Civil Veterinary Department Bengal reports 1923-33 - 1923-1933
Year: 1923
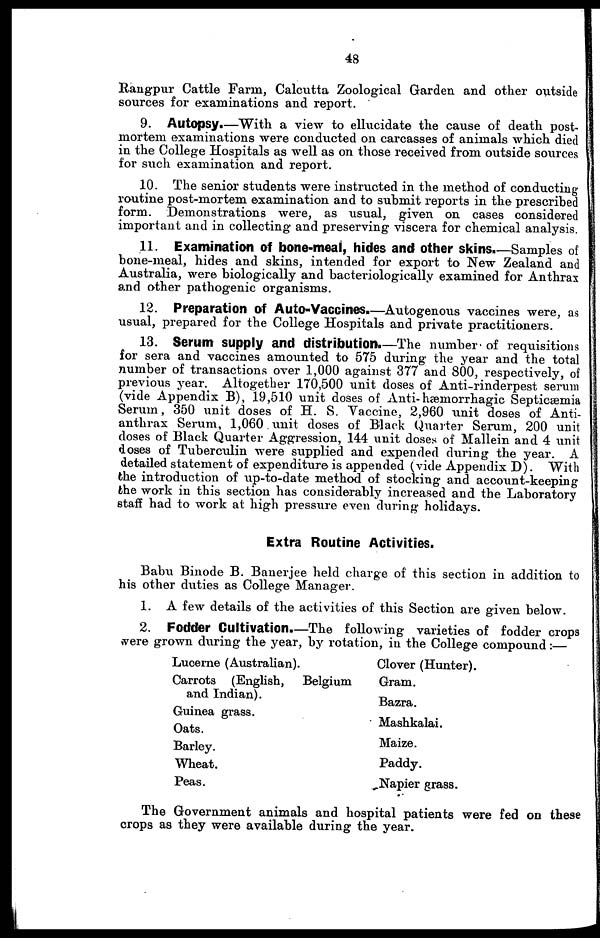
48
Rangpur Cattle Farm, Calcutta Zoological Garden and other outside
sources for examinations and report.
9. Autopsy.—With a view to ellucidate the cause of death post-
mortem examinations were conducted on carcasses of animals which died
in the College Hospitals as well as on those received from outside sources
for such examination and report.
10. The senior students were instructed in the method of conducting
routine post-mortem examination and to submit reports in the prescribed
form. Demonstrations were, as usual, given on cases considered
important and in collecting and preserving viscera for chemical analysis.
11. Examination of bone-meal, hides and other skins.—Samples of
bone-meal, hides and skins, intended for export to New Zealand and
Australia, were biologically and bacteriologically examined for Anthrax
and other pathogenic organisms.
12. Preparation of Auto-Vaccines.—Autogenous vaccines were, as
usual, prepared for the College Hospitals and private practitioners.
13. Serum supply and distribution.—The number of requisitions
for sera and vaccines amounted to 575 during the year and the total
number of transactions over 1,000 against 377 and 800, respectively, of
previous year. Altogether 170,500 unit doses of Anti-rinderpest serum
(vide Appendix B), 19,510 unit doses of Anti-hæmorrhagic Septicæmia
Serum, 350 unit doses of H. S. Vaccine, 2,960 unit doses of Anti-
anthrax Serum, 1,060 unit doses of Black Quarter Serum, 200 unit
doses of Black Quarter Aggression, 144 unit doses of Mallein and 4 unit
doses of Tuberculin were supplied and expended during the year. A
detailed statement of expenditure is appended (vide Appendix D). With
the introduction of up-to-date method of stocking and account-keeping
the work in this section has considerably increased and the Laboratory
staff had to work at high pressure even during holidays.
Extra Routine Activities.
Babu Binode B. Banerjee held charge of this section in addition to
his other duties as College Manager.
1. A few details of the activities of this Section are given below.
2. Fodder Cultivation.—The following varieties of fodder crops
were grown during the year, by rotation, in the College compound:—
Lucerne (Australian).
Carrots (English, Belgium
and Indian).
Guinea grass.
Oats.
Barley.
Wheat.
Peas.
Clover (Hunter).
Gram.
Bazra.
Mashkalai.
Maize.
Paddy.
Napier grass.
The Government animals and hospital patients were fed on these
crops as they were available during the year.